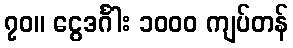
၇၀။ ငွေဒင်္ဂါး ၁၀၀၀ ကျပ်တန်